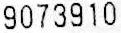
9073910